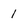
Character: 1